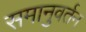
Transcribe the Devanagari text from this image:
समानुवर्तन